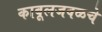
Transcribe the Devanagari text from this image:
काबूलजवळचे